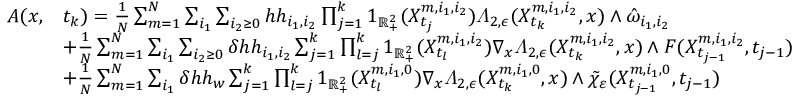
\begin{array} { r l } { A ( x , } & { t _ { k } ) = \frac { 1 } { N } \sum _ { m = 1 } ^ { N } \sum _ { i _ { 1 } } \sum _ { i _ { 2 } \geq 0 } h h _ { i _ { 1 } , i _ { 2 } } \prod _ { j = 1 } ^ { k } 1 _ { \mathbb { R } _ { + } ^ { 2 } } ( X _ { t _ { j } } ^ { m , i _ { 1 } , i _ { 2 } } ) \varLambda _ { 2 , \epsilon } ( X _ { t _ { k } } ^ { m , i _ { 1 } , i _ { 2 } } , x ) \wedge \hat { \omega } _ { i _ { 1 } , i _ { 2 } } } \\ & { + \frac { 1 } { N } \sum _ { m = 1 } ^ { N } \sum _ { i _ { 1 } } \sum _ { i _ { 2 } \geq 0 } \delta h h _ { i _ { 1 } , i _ { 2 } } \sum _ { j = 1 } ^ { k } \prod _ { l = j } ^ { k } 1 _ { \mathbb { R } _ { + } ^ { 2 } } ( X _ { t _ { l } } ^ { m , i _ { 1 } , i _ { 2 } } ) \nabla _ { x } \varLambda _ { 2 , \epsilon } ( X _ { t _ { k } } ^ { m , i _ { 1 } , i _ { 2 } } , x ) \wedge F ( X _ { t _ { j - 1 } } ^ { m , i _ { 1 } , i _ { 2 } } , t _ { j - 1 } ) } \\ & { + \frac { 1 } { N } \sum _ { m = 1 } ^ { N } \sum _ { i _ { 1 } } \delta h h _ { w } \sum _ { j = 1 } ^ { k } \prod _ { l = j } ^ { k } 1 _ { \mathbb { R } _ { + } ^ { 2 } } ( X _ { t _ { l } } ^ { m , i _ { 1 } , 0 } ) \nabla _ { x } \varLambda _ { 2 , \epsilon } ( X _ { t _ { k } } ^ { m , i _ { 1 } , 0 } , x ) \wedge \tilde { \chi } _ { \varepsilon } ( X _ { t _ { j - 1 } } ^ { m , i _ { 1 } , 0 } , t _ { j - 1 } ) } \end{array}